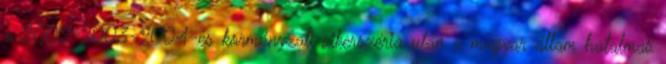
a 2002-2003-2004-es kormányzati sikerszéria után a magyar állam hatalmas